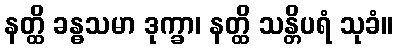
နတ္ထိ ခန္ဓသမာ ဒုက္ခာ၊ နတ္ထိ သန္တိပရံ သုခံ။